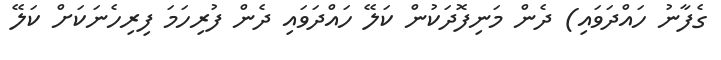
ގެފާނު ހައްދަވައި) ދެން މަނިފޮދަކުން ކަލޭ ހައްދަވައި ދެން ފުރިހަމަ ފިރިހެނަކަށް ކަލޭ